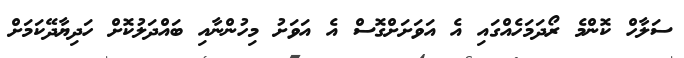
ސަލާހް ކޮންމެ ރޯދަމަހެއްގައި އެ އަވަށަށްގޮސް އެ އަވަށު މިހުންނާއި ބައްދަލުކޮށް ހަދިޔާދޭކަމަށް